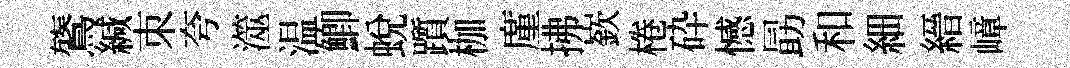
鷟緘朿夸澨温鯽蛻躓枷廑拂嶔棬砕憾勗和細縉嶂